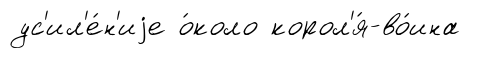
ус'ил'е́н'иjе о́коло корол'я́-во́ина